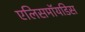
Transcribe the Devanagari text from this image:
एलिसमॉयडिस